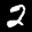
Label: 2